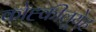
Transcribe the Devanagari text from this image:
कोह्कीलूयेह